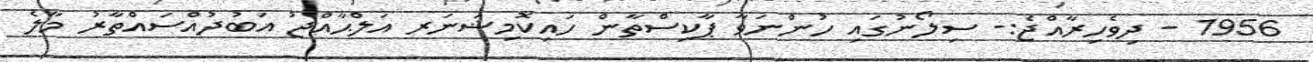
1956 - ދިވެހިރާއްޖެ:- ސިލޯނުގައި ހުންނަވާ ޕާކިސްތާން ހައިކޮމިޝަނަރ އަލްޙާއްޖު އަބުދުއްސައްތާރު މާލެ